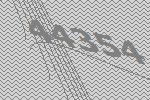
44354